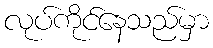
လုပ်ကိုင်နေသည်မှာ